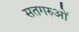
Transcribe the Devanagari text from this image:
सतगरुओं